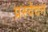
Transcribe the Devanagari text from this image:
प्रस्वेदन